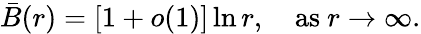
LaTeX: \bar{B}(r)=[1+o(1)]\ln r,\quad\mathrm{as\ }r\to\infty.